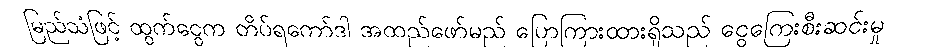
မြည်သံဖြင့် ထွက်ငွေက တိပ်ရကော်ဒါ အထည်ဖော်မည် ပြောကြားထားရှိသည် ငွေကြေးစီးဆင်းမှု